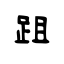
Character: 跙